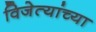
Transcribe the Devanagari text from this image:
विजेत्यांच्या